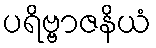
ပရိဗ္ဗာဇနိယံ